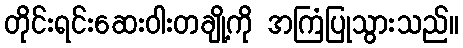
တိုင်းရင်းဆေးဝါးတချို့ကို အကြံပြုသွားသည်။